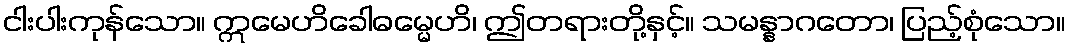
ငါးပါးကုန်သော။ ဣမေဟိခေါဓမ္မေဟိ၊ ဤတရားတို့နှင့်။ သမန္နာဂတော၊ ပြည့်စုံသော။